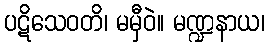
ပဋိသေဝတိ၊ မမှီဝဲ။ မဏ္ဍနာယ၊